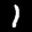
Label: 1